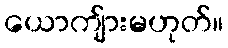
ယောကျ်ားမဟုတ်။